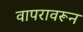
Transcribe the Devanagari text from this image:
वापरावरून